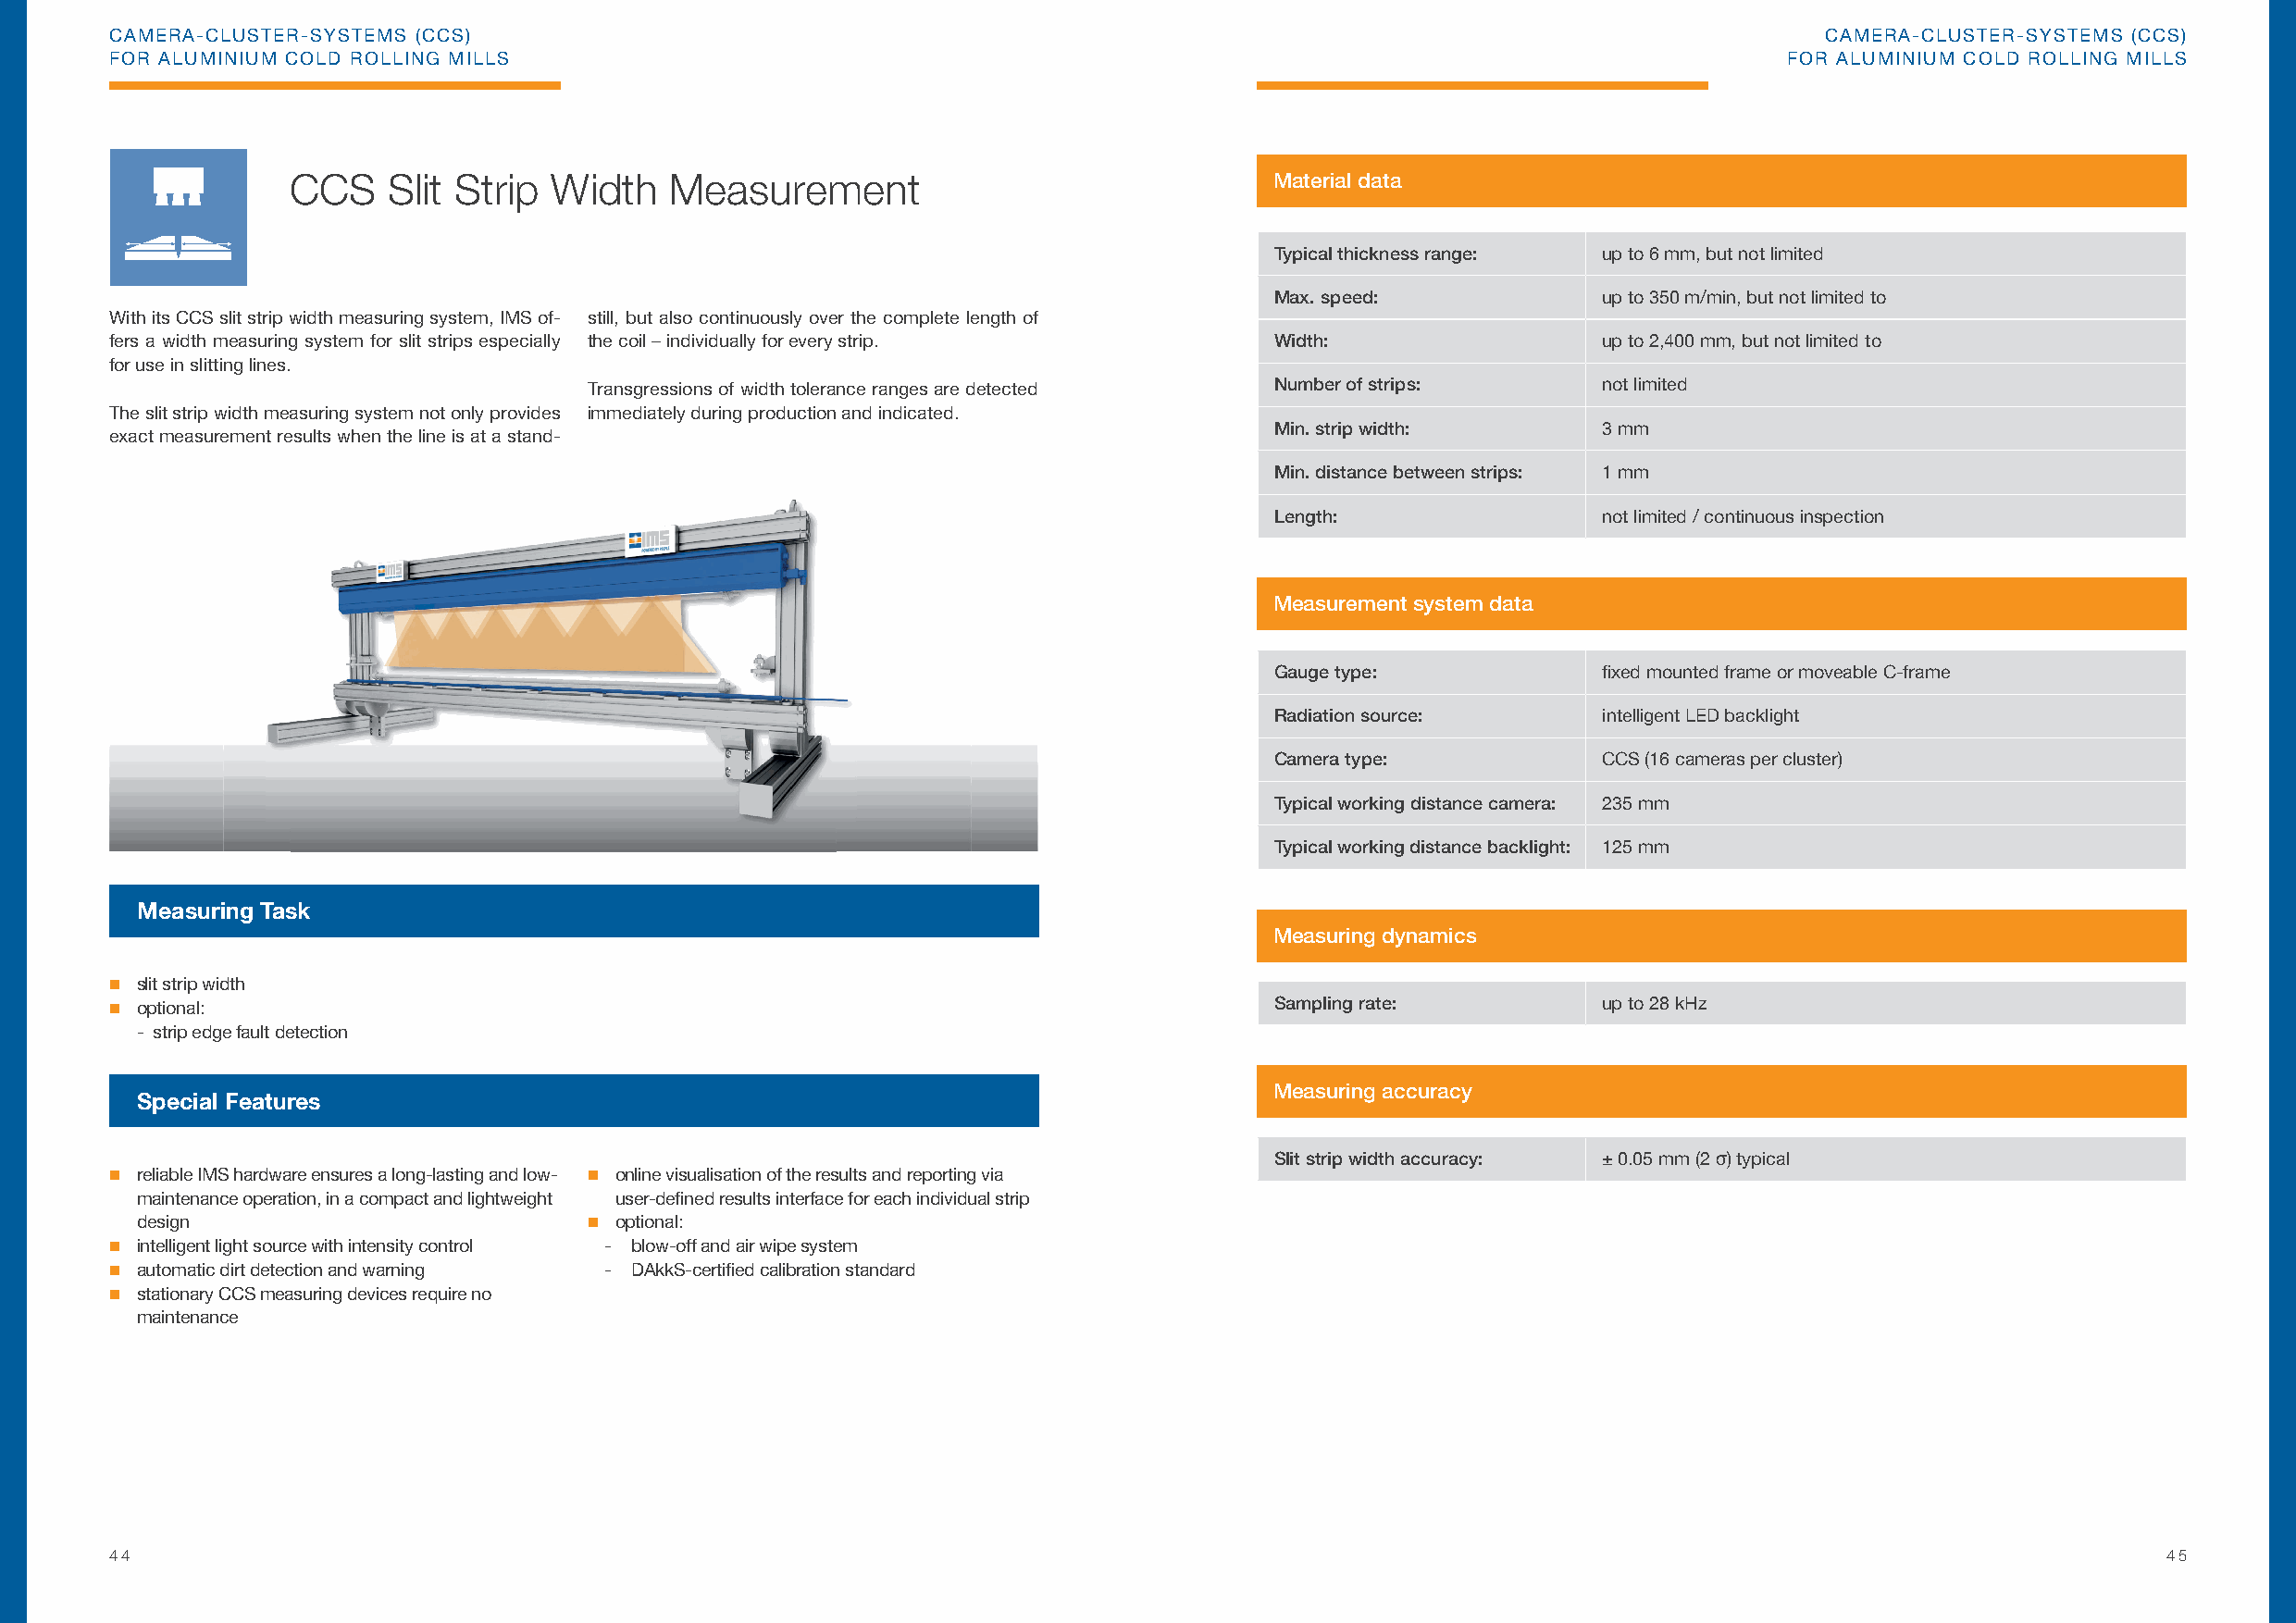
CAMERA-CLUSTER-SYSTEMS (CCS)                                                                                               CAMERA-CLUSTER-SYSTEMS (CCS)
 FOR ALUMINIUM COLD ROLLING MILLS                                                                                        FOR ALUMINIUM COLD ROLLING MILLS
 CCS    Slit Strip Width    Measurement                                Material data
 Typical thickness range: up to 6 mm, but not limited
 Max. speed:             up to 350 m/min, but not limited to
 With its CCS slit strip width measuring system, IMS of- still, but also continuously over the complete length of
 fers a width measuring system for slit strips especially the coil – individually for every strip. Width:   up to 2,400 mm, but not limited to
 for use in slitting lines.
 Transgressions of width tolerance ranges are detected Number of strips:  not limited
 The slit strip width measuring system not only provides immediately during production and indicated.
 Min. strip width:       3 mm
 exact measurement results when the line is at a stand-
 Min. distance between strips: 1 mm
 Length:                 not limited / continuous inspection
 Measurement system data
 Gauge type:             fi xed mounted frame or moveable C-frame
 Radiation source:       intelligent LED backlight
 Camera type:            CCS (16 cameras per cluster)
 Typical working distance camera: 235 mm
 Typical working distance backlight: 125 mm
 Measuring Task
 Measuring dynamics
  slit strip width
  optional:                                                                        Sampling rate:          up to 28 kHz
 - strip edge fault detection
 Measuring accuracy
 Special Features
 Slit strip width accuracy: ± 0.05 mm (2 σ) typical
  reliable IMS hardware ensures a long-lasting and low-  online visualisation of the results and reporting via
 maintenance operation, in a compact and lightweight user-defi ned results interface for each individual strip
 design                           optional:
  intelligent light source with intensity control - blow-off and air wipe system
  automatic dirt detection and warning - DAkkS-certifi ed calibration standard
  stationary CCS measuring devices require no
 maintenance
 44                                                                                                                                                 45